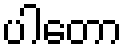
ပါတော